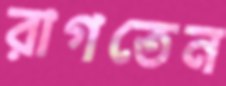
রাগতেন